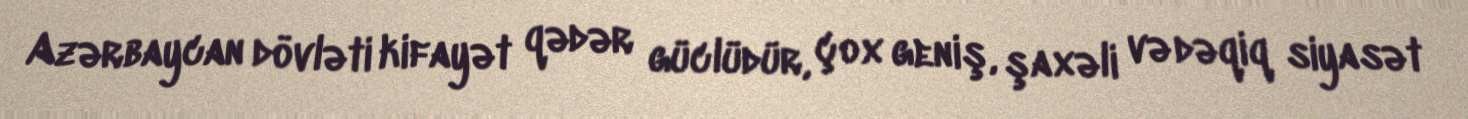
Azərbaycan dövləti kifayət qədər güclüdür, çox geniş, şaxəli və dəqiq siyasət